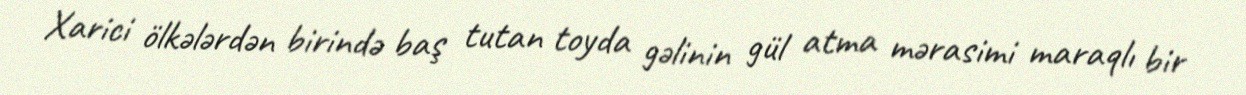
Xarici ölkələrdən birində baş tutan toyda gəlinin gül atma mərasimi maraqlı bir